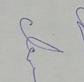
Signature authenticity: genuine